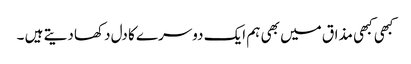
کبھی کبھی مذاق میں بھی ہم ایک دوسرے کا دل دکھا دیتے ہیں ۔